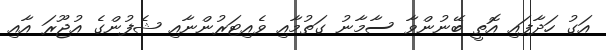
އަގު ހަދާފައި އޮތީ ބޭނުންވާ ސާމާނު ގަތުމާއި ވެއިޓަރުންނާއި ޝެފުންގެ އުޖޫރަ އާއި